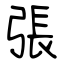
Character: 張